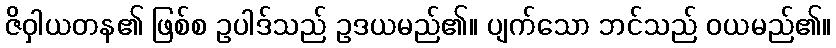
ဇိဝှါယတန၏ ဖြစ်စ ဥပါဒ်သည် ဥဒယမည်၏။ ပျက်သော ဘင်သည် ဝယမည်၏။